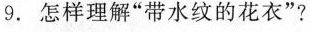
9. 怎样理解”带水纹的花衣”?